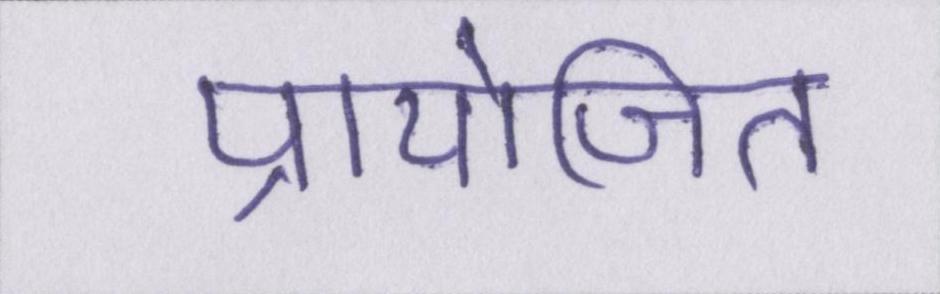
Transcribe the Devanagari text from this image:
प्रायोजित